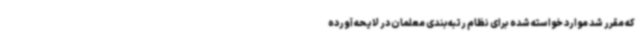
که مقرر شد موارد خواسته شده برای نظام رتبه‌بندی معلمان در لایحه آورده